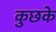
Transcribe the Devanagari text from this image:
कुछके